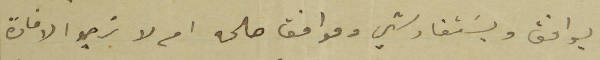
يوافق ويسَتفاد شي وموافق صالحه ام لا نرجو الافادة